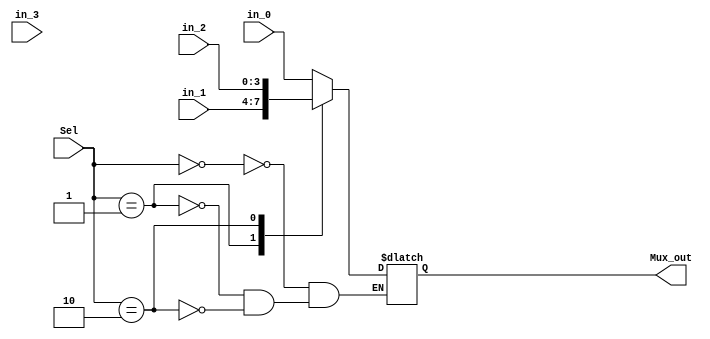
`timescale 1ns / 1ps
//////////////////////////////////////////////////////////////////////////////////
// Company: 
// Engineer: 
// 
// Design Name: 
// Module Name: Mux
// Project Name: 
// Target Devices: 
// Tool Versions: 
// Description: 
// 
// Dependencies: 
// 
// Revision:
// Revision 0.01 - File Created
// Additional Comments:
// 
//////////////////////////////////////////////////////////////////////////////////


module Mux(
    input [3:0] in_0,   //ones 
    input [3:0] in_1,   //tens 
    input [3:0] in_2,   //hundreds 
    input [3:0] in_3,   //ignored 
    input [1:0] Sel,
    output reg [3:0] Mux_out
    );
    
    always@(*)
    begin
    case(Sel)
    2'b00: Mux_out = in_0;
    2'b01: Mux_out = in_1;
    2'b10: Mux_out = in_2;
    endcase
    end
    
endmodule